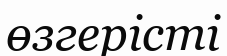
өзгерісті